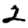
Digit: 2